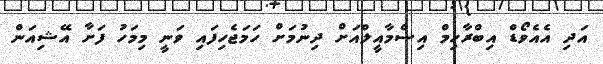
އަދި އެއެވޯޑް އިބްރާހިމް އިސްމާއީލްއަށް ދިނުމަށް ހަމަޖެހިފައި ވަނީ މިމަހު ފަށާ އޭޝިއަން